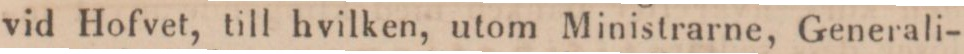
vid Hofvet, till hvilken, utom Ministrarne, Generali-